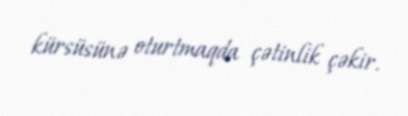
kürsüsünə oturtmaqda çətinlik çəkir.